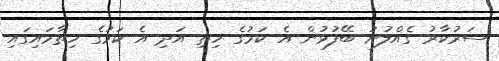
ސަރުކާރު ގެއްލުނު ބޭފުޅުން އެ ކަމުގެ ހިތި އަދި އެ ކަމުގެ ހިތާމައިގައި